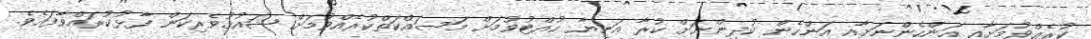
ކުރެއްވުމަށާއި އަންހެންނަށާއި އަންހެން ކުދިންނަށް ކުރާ އަނިޔާ ހުއްޓުވުމަށް މަސައްކަތްކުރެއްވުމަށް ޝައުޤުވެރިކަން ފާޅުކުރައްވާފައެވެ.